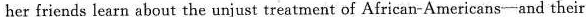
her friends learn about the unjust treatment of African-Americans-and their